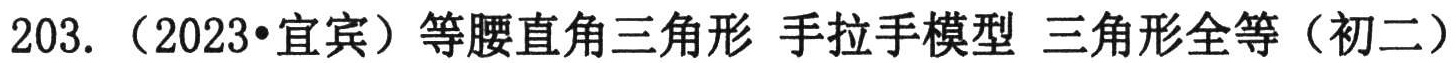
203. （2023•宜宾）等腰直角三角形 手拉手模型 三角形全等（初二）